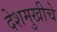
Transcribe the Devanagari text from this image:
देशमुखीचे